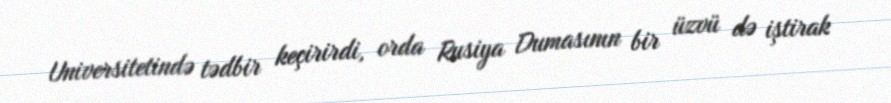
Universitetində tədbir keçirirdi, orda Rusiya Dumasının bir üzvü də iştirak